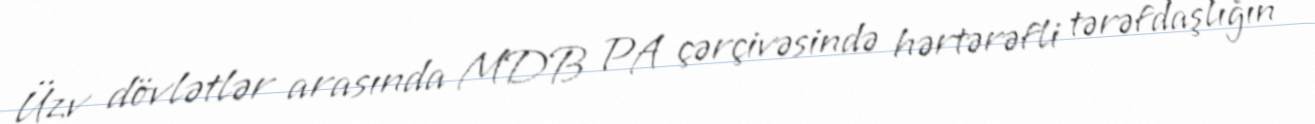
Üzv dövlətlər arasında MDB PA çərçivəsində hərtərəfli tərəfdaşlığın